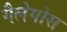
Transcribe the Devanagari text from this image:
गैलेगोस